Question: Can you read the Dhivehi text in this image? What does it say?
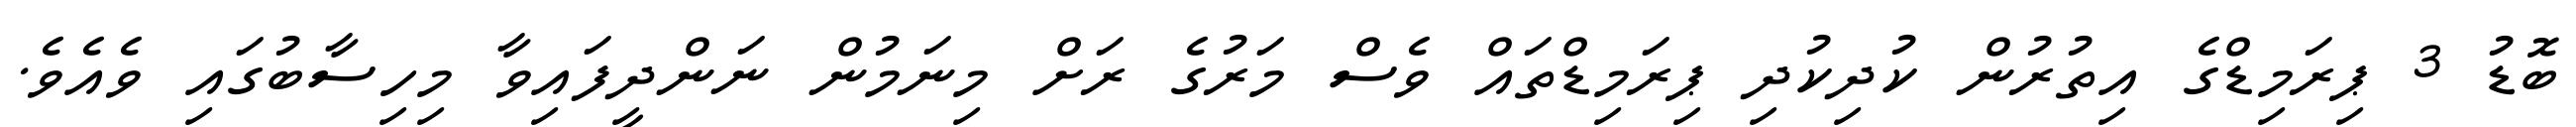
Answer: ބޮޑު 3 ޕިރަމިޑްގެ އިތުރުން ކުދިކުދި ޕިރަމިޑްތައް ވެސް މަރުގެ ރަށް މިނަމުން ނަންދީފައިވާ މިހިސާބުގައި ވެއެވެ.